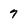
Character: 7